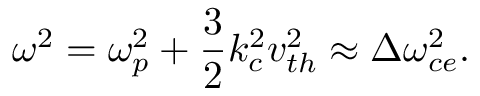
\omega ^ { 2 } = \omega _ { p } ^ { 2 } + \frac { 3 } { 2 } k _ { c } ^ { 2 } v _ { t h } ^ { 2 } \approx \Delta \omega _ { c e } ^ { 2 } .